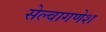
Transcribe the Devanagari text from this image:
सेल्वागणेश